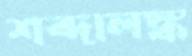
শব্দালঙ্ক